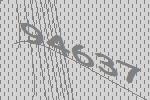
94637